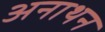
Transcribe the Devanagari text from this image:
अनाथन